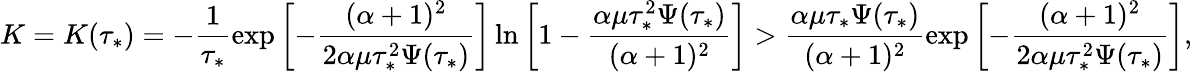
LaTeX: K=K(\tau_{*})=-\frac{1}{\tau_{*}}\exp\left[-\frac{(\alpha+1)^{2}}{2\alpha\mu\tau_{*}^{2}\Psi(\tau_{*})}\right]\ln\left[1-\frac{\alpha\mu\tau_{*}^{2}\Psi(\tau_{*})}{(\alpha+1)^{2}}\right]>\frac{\alpha\mu\tau_{*}\Psi(\tau_{*})}{(\alpha+1)^{2}}\exp\left[-\frac{(\alpha+1)^{2}}{2\alpha\mu\tau_{*}^{2}\Psi(\tau_{*})}\right],